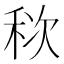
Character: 䅆